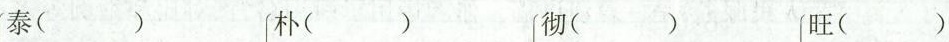
泰( ) 朴( ) 彻( ) 旺( )